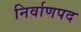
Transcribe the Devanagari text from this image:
निर्वाणपद